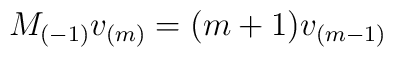
M_{(-1)}v_{(m)}=(m+1)v_{(m-1)}